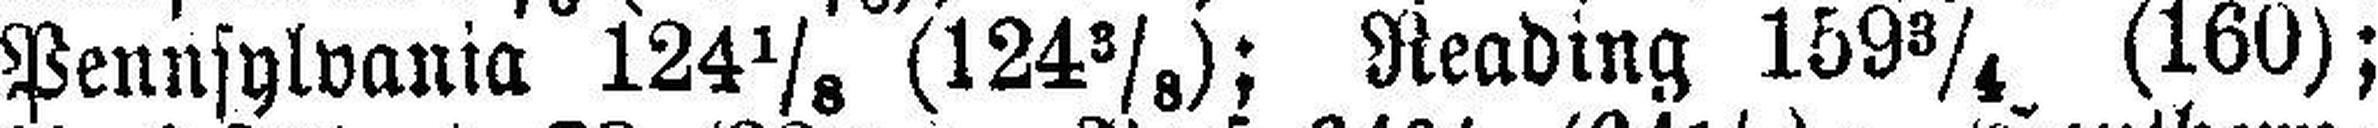
Pennsylvania 124⅛ (124⅜); Reading 159¾ (160);